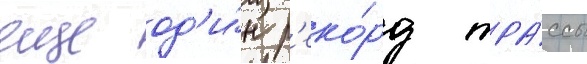
еще од'и́н р'еко́рд тра́ссы